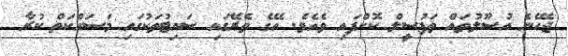
ޖެހޭނެ އުސޫލުތައް ތަފުސީލް ކޮށްފައި ވެއެވެ. އޭގެ ތެރޭގައި ސައިޓުތަކުގައި މަސައްކަތް ކުރާ